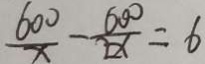
\frac { 6 0 0 } { x } - \frac { 6 0 0 } { 2 x } = 6